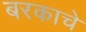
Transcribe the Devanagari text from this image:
बरकाचे